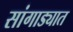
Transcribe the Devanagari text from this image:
सांगाड्यात